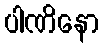
ပါဏိနော